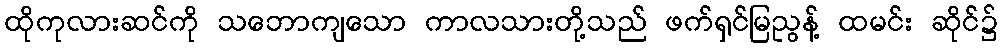
ထိုကုလားဆင်ကို သဘောကျသော ကာလသားတို့သည် ဖက်ရှင်မြညွန့် ထမင်း ဆိုင်၌